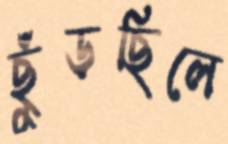
ছুঁড়ছিলে